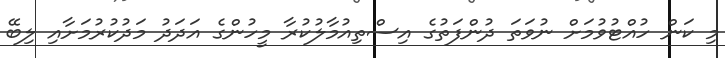
މި ކަން ހުއްޓުވުމަށް ނުވަތަ ދުންފަތުގެ އިސްތިއުމާލުކުރާ މީހުންގެ އަދަދު މަދުކުރުމަށާއި ލިބޭ